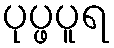
ပုပ္ဖပူရ